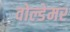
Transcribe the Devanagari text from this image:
वोल्डेमर